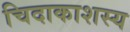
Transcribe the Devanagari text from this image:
चिदाकाशस्य